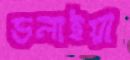
ডলাইয়া